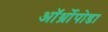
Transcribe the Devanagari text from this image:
ऑर्थ्रोपोडा